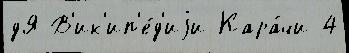
дЯ В'ик'ип'е́д'иjи Кара́чи 4